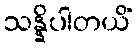
သန္နိပါတယိံ